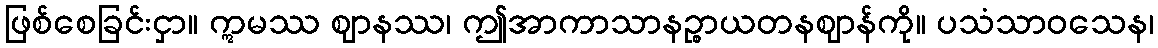
ဖြစ်စေခြင်းငှာ။ ဣမဿ ဈာနဿ၊ ဤအာကာသာနဉ္စာယတနဈာန်ကို။ ပသံသာဝသေန၊